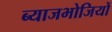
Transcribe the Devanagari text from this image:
ब्याजभोजियों